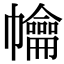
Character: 𢅹